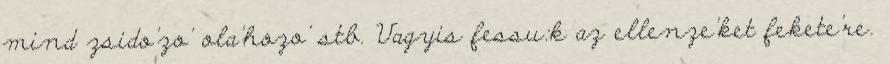
mind zsido'zo' ola'hozo' stb. Vagyis fessu:k az ellenze'ket fekete're.